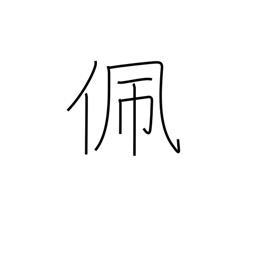
Meaning: put on (a sword)